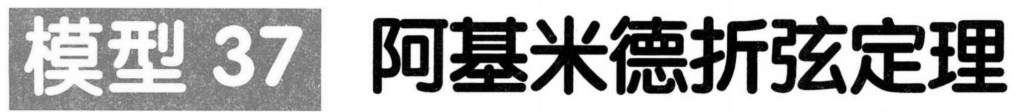
模型 37 阿基米德折弦定理